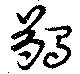
蠲